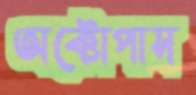
অক্টোপাস